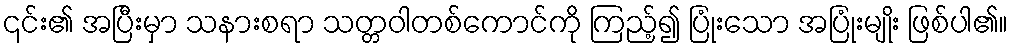
၎င်း၏ အပြီးမှာ သနားစရာ သတ္တဝါတစ်ကောင်ကို ကြည့်၍ ပြုံးသော အပြုံးမျိုး ဖြစ်ပါ၏။